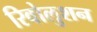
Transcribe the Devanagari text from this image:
रिवोलुशन